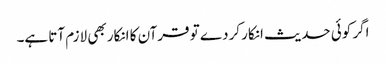
اگر کوئی حدیث انکار کردے تو قرآن کا انکار بھی لازم آتا ہے۔